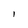
Character: I